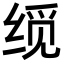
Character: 𬘮